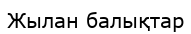
Жылан балықтар